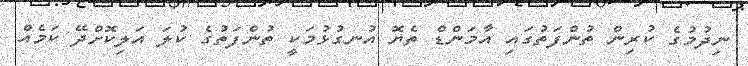
ނިދުމުގެ ކުރިން ތުންފަތުގައި އާމަންޑް ތެޔޮ އުނގުޅުމަކީ ތުންފަތުގެ ކުލަ އަލިކޮށްދޭ ކަމެއް